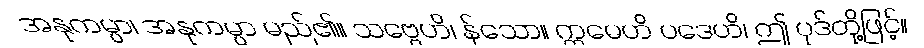
အနုကမ္ပာ၊ အနုကမ္ပာ မည်၏။ သဗ္ဗေဟိ၊ န်သော။ ဣမေဟိ ပဒေဟိ၊ ဤ ပုဒ်တို့ဖြင့်။